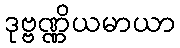
ဒုဗ္ဗဏ္ဏိယမာယာ